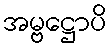
အမ္ဗဋ္ဌောပိ